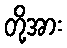
တို့အား